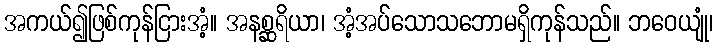
အကယ်၍ဖြစ်ကုန်ငြားအံ့။ အနစ္ဆရိယာ၊ အံ့အပ်သောသဘောမရှိကုန်သည်။ ဘဝေယျုံ၊